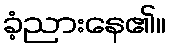
ခံ့ညားနေ၏။